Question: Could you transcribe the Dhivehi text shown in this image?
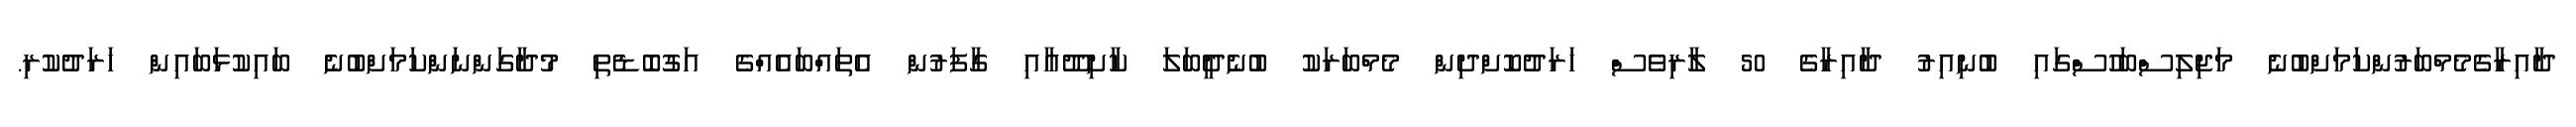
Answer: ދާއިރާގެމެމްބަރުންކަމަށްބުނެ މަޖިލިސްބަހުސްގައި ބުނިއިރު ދާއިރާގެ 50 ލާރިވެސް ޚަރަދުކޮށްދިން މެމްބަރަކު ބުނެދީބަލަ ކާށިދޫއާއި ގާފަރުން އެތައްބައެއްގެ އަގުބޮޑެތި މުދާގަންނަންކަމަށްބުނެ ބައިކުޅަބައިން ޚަރަދުކުރި.